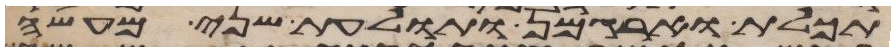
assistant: תכלת וארגמן ותולעת שני מעשה